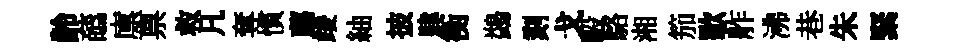
齡蘤廪禀救凡奪慣薦竣紬披肆衡鷁刻戈毆駱湘笳歜舴沸巷朱緊